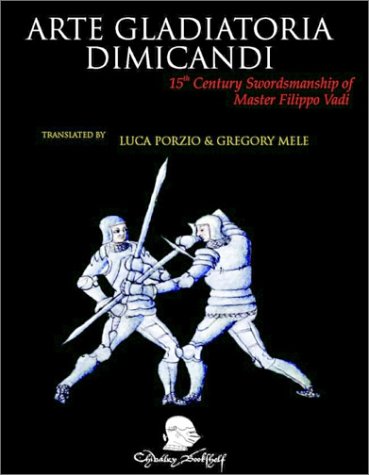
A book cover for Arte Gladiatoria Dimicandi: 15th Century Swordsmanship of Master Fillipo Vadi; Fillipo Vadi; Sports & Outdoors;